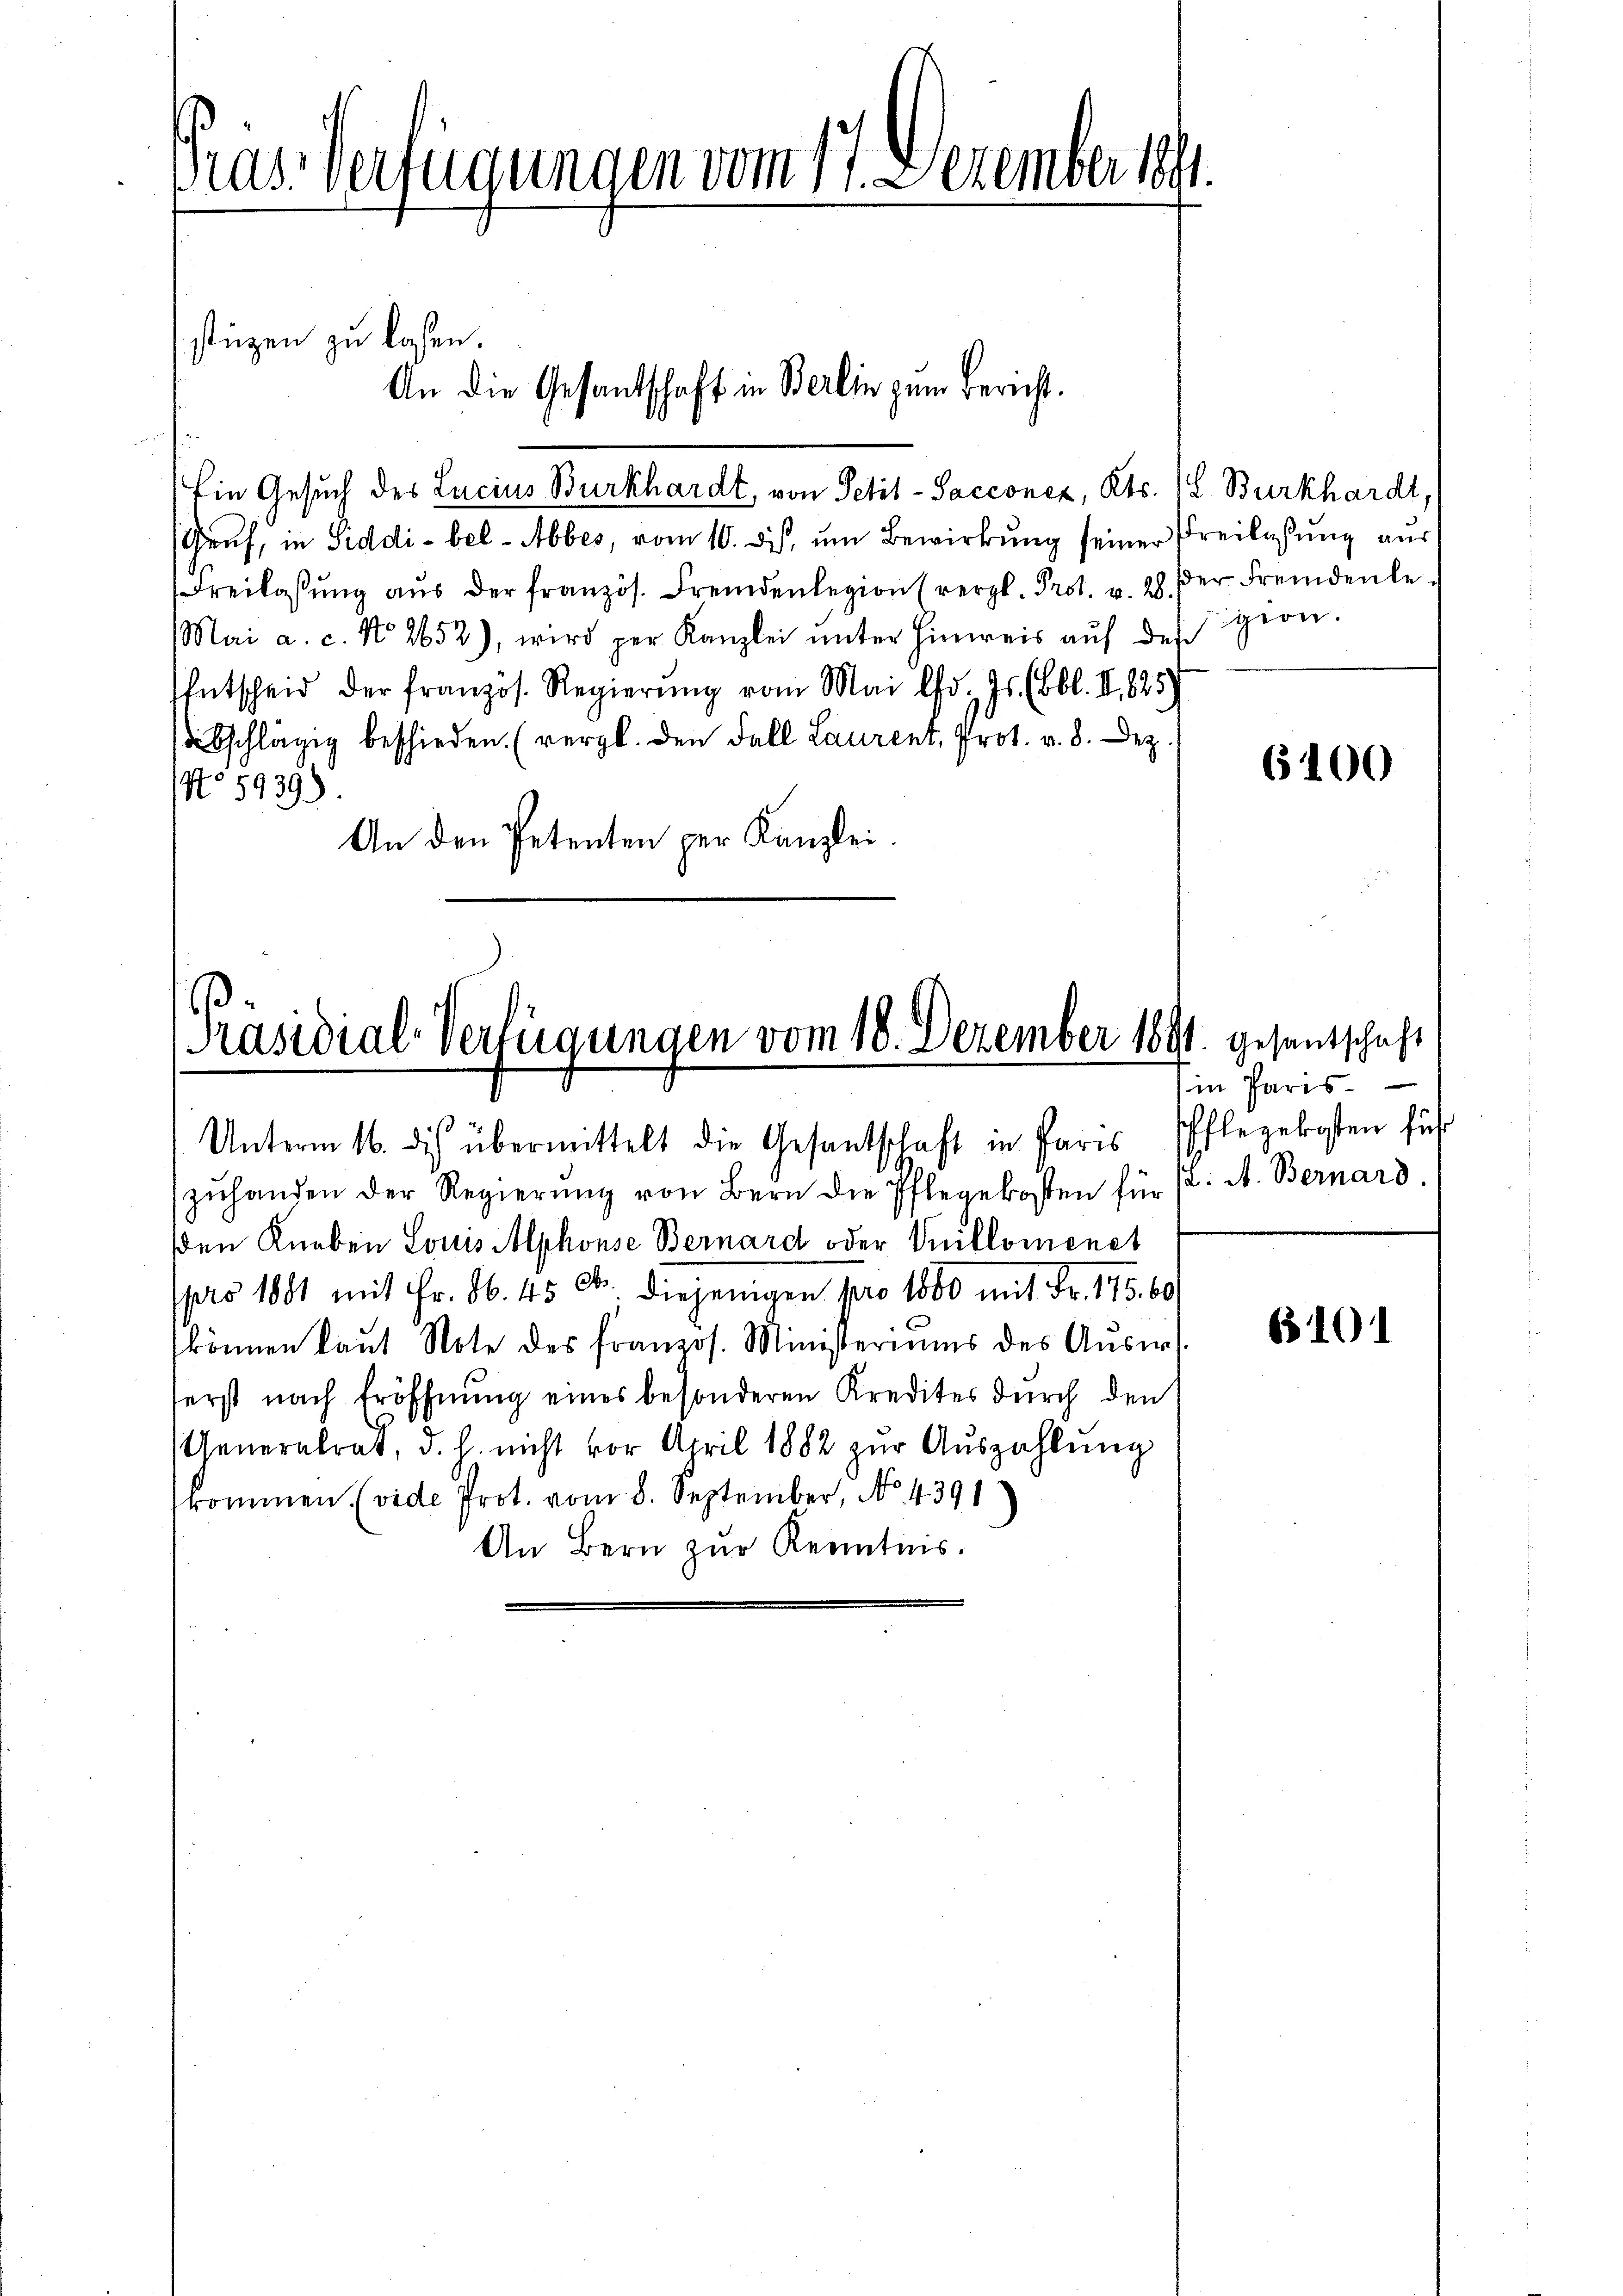
Präs. Verfügungen vom 17. Dezember 18

stüzen zu lassen.
Ein Gesuch des Lucius Burkhardt, von Petit-Sacconez, Kts. 18. Burkhardt,
Gruf, in Siddi-bel- Abbes, vom 10. dies, um Bewirkung seiner Freilassung aus
Freilassŭng aŭs der französ. Fremdenlegion (vergl. Prot. v. 28. der Fremdenle-
Mai a. c. No 2652), wird per Kanzlei ŭnter Hinweis aŭf des gion.
Entscheid der französ. Regierŭng vom Mai l. Js. (Bbl. II 825
sabschlägig beschieden. (vergl. den Fall Laurent, Prot. v. 8. Dez.
No 5939).
An den Petenten per Kanzlei.

An die Gesantschaft in Berlin zum Bericht.

Präsidial-Verfügungen vom 18. Dezember 1891. gesentschaft

Unterm 16. des übermittelt die Gesantschaft in Paris Pflegekosten führ
zuhanden der Regierung von Bern die Pflegekosten für
sden Knaben Louis Alphonse Bernard oder Mutlomenet
pro 1881 mit Fr. 86. 45 Ctr. diejenigen pro 1800 mit Fr. 175. 60
können laŭt Note des französ. Ministeriums des Aŭsir.
erst nach Eröffnung eines besonderen Kredites durch den
Generalrat, d. h. nicht vor April 1882 zŭr Aŭszahlung
kommen. (vide Prot. vom 8. September, No. 4391
An Bern zur Kenntnis.

6100

in Paris
(2. A. Bernard.

63101